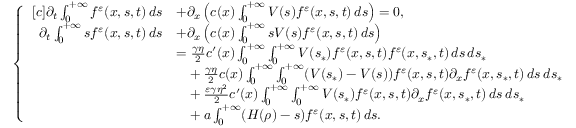
\begin{array} { r } { \left\{ \begin{array} { r l } { [ c ] \partial _ { t } \int _ { 0 } ^ { + \infty } f ^ { \varepsilon } ( x , s , t ) \, d s } & { + \partial _ { x } \left( c ( x ) \int _ { 0 } ^ { + \infty } V ( s ) f ^ { \varepsilon } ( x , s , t ) \, d s \right) = 0 , } \\ { \partial _ { t } \int _ { 0 } ^ { + \infty } s f ^ { \varepsilon } ( x , s , t ) \, d s } & { + \partial _ { x } \left( c ( x ) \int _ { 0 } ^ { + \infty } s V ( s ) f ^ { \varepsilon } ( x , s , t ) \, d s \right) } \\ & { = \frac { \gamma \eta } { 2 } c ^ { \prime } ( x ) \int _ { 0 } ^ { + \infty } \int _ { 0 } ^ { + \infty } V ( s _ { \ast } ) f ^ { \varepsilon } ( x , s , t ) f ^ { \varepsilon } ( x , s _ { \ast } , t ) \, d s \, d s _ { \ast } } \\ & { \phantom { = } + \frac { \gamma \eta } { 2 } c ( x ) \int _ { 0 } ^ { + \infty } \int _ { 0 } ^ { + \infty } ( V ( s _ { \ast } ) - V ( s ) ) f ^ { \varepsilon } ( x , s , t ) \partial _ { x } f ^ { \varepsilon } ( x , s _ { \ast } , t ) \, d s \, d s _ { \ast } } \\ & { \phantom { = } + \frac { \varepsilon \gamma \eta ^ { 2 } } { 2 } c ^ { \prime } ( x ) \int _ { 0 } ^ { + \infty } \int _ { 0 } ^ { + \infty } V ( s _ { \ast } ) f ^ { \varepsilon } ( x , s , t ) \partial _ { x } f ^ { \varepsilon } ( x , s _ { \ast } , t ) \, d s \, d s _ { \ast } } \\ & { \phantom { = } + a \int _ { 0 } ^ { + \infty } ( H ( \rho ) - s ) f ^ { \varepsilon } ( x , s , t ) \, d s . } \end{array} \right. } \end{array}